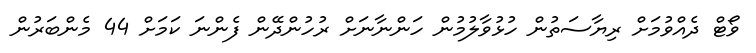
ވޯޓް ދެއްވުމަށް ރިޔާސަތުން ހުޅުވާލުމުން ހަންނާނަށް ރުހުންދޭން ފެންނަ ކަމަށް 44 މެންބަރުން